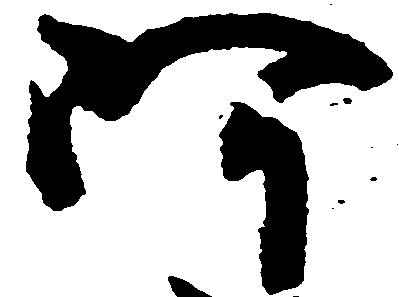
阿